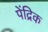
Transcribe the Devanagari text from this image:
पेंद्रिक